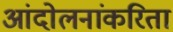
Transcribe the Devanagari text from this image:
आंदोलनांकरिता